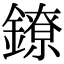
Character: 鐐